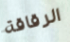
الرقاقة